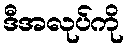
ဒီအလုပ်ကို